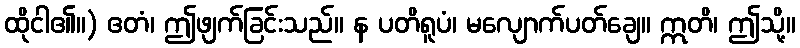
ထိုငါ၏။) ဧတံ၊ ဤဖျက်ခြင်းသည်။ န ပတိရူပံ၊ မလျောက်ပတ်ချေ။ ဣတိ၊ ဤသို့။